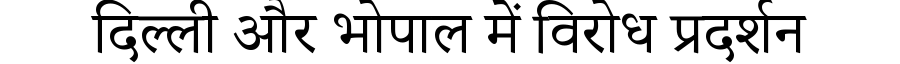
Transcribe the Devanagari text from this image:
दिल्ली और भोपाल में विरोध प्रदर्शन